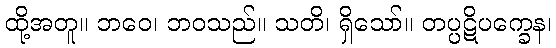
ထို့အတူ။ ဘဝေ၊ ဘဝသည်။ သတိ၊ ရှိသော်။ တပ္ပဋိပက္ခေန၊